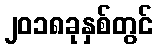
၂၀၁၈ခုနှစ်တွင်